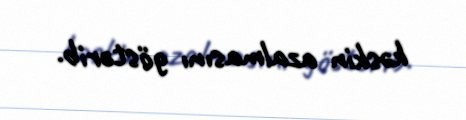
kəskin azalmasını göstərib.